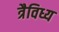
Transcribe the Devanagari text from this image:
त्रैविध्य